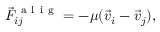
\vec { F } _ { i j } ^ { \mathrm { ~ a ~ l ~ i ~ g ~ } } = - \mu ( \vec { v } _ { i } - \vec { v } _ { j } ) ,